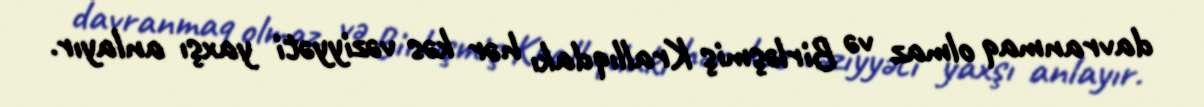
davranmaq olmaz və Birləşmiş Krallıqdakı hər kəs vəziyyəti yaxşı anlayır.